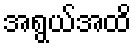
အရွယ်အထိ